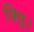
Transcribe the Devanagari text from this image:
त्रिपु।